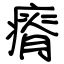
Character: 瘠